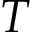
T